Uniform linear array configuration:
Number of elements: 8
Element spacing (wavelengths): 1
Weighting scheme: cosine
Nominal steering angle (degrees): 15
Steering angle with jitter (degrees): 16.4
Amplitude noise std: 0.05
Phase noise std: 0.05

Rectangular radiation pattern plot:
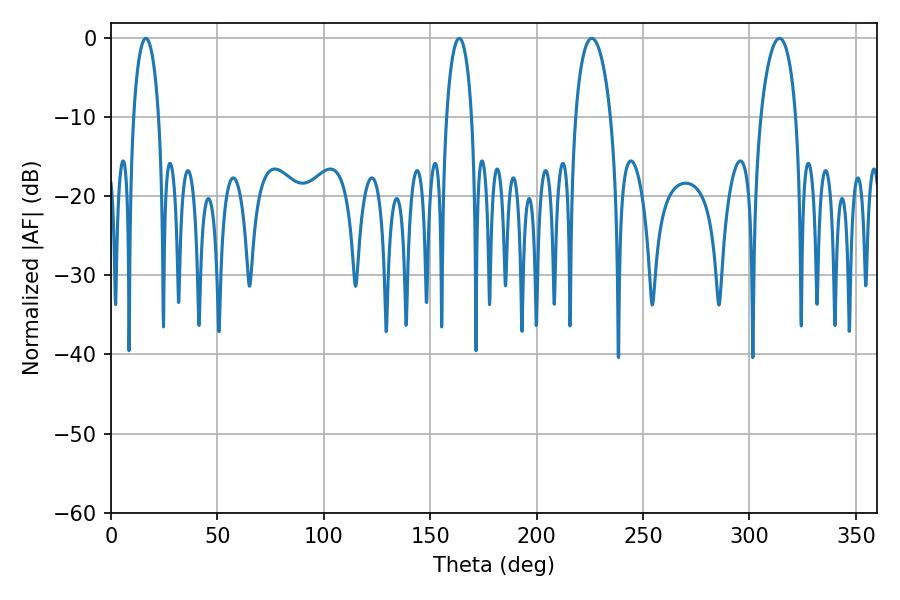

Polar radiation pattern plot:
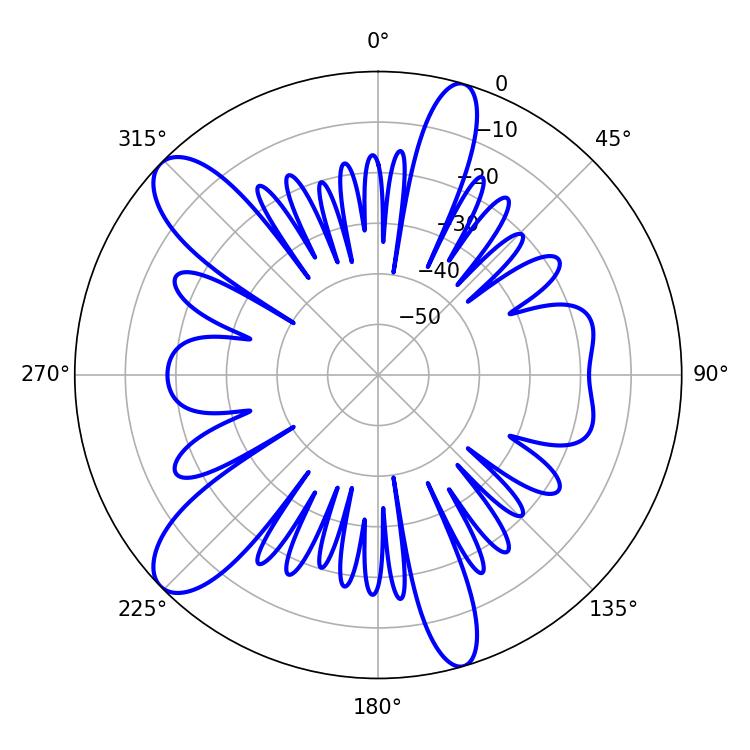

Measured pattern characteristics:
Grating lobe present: TRUE
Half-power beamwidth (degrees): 9.36
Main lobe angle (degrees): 225.9